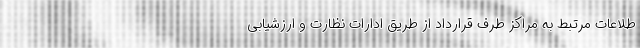
طلاعات مرتبط به مراکز طرف قرارداد از طریق ادارات نظارت و ارزشیابی